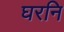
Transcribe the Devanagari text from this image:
घरनि